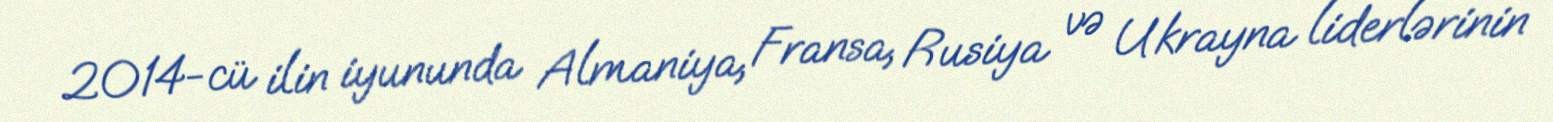
2014-cü ilin iyununda Almaniya, Fransa, Rusiya və Ukrayna liderlərinin